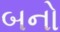
બનો